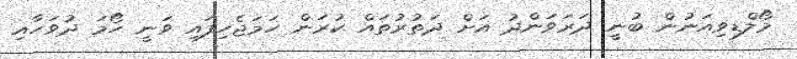
މޯލްޑިވިއަނުން ބުނީ ދަރަވަންދު އަށް ދަތުރުތައް ކުރަން ހަމަޖެހިފައި ވަނީ ހޯމަ ދުވަހާއި